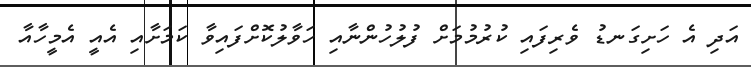
އަދި އެ ހަށިގަނޑު ވެރިފައި ކުރުމުމަށް ފުލުހުންނާއި ހަވާލުކޮށްފައިވާ ކަމަށާއި އެއީ އެމީހާއާ